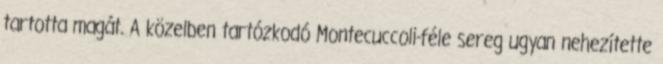
tartotta magát. A közelben tartózkodó Montecuccoli-féle sereg ugyan nehezítette